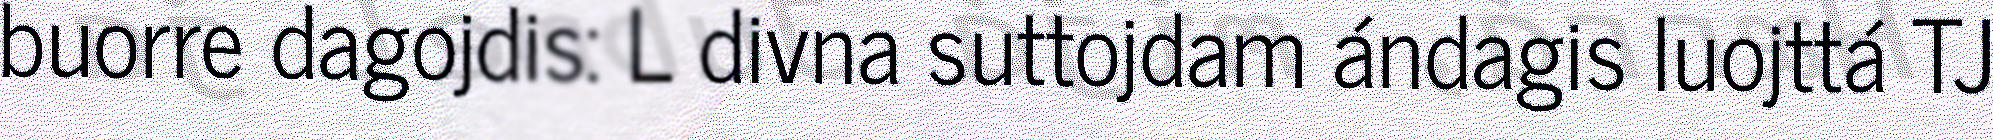
buorre dagojdis: L divna suttojdam ándagis luojttá TJ